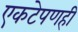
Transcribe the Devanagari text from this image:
एकटेपणही